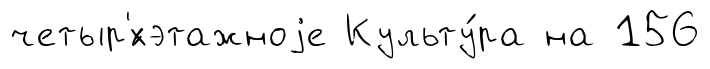
четыр'́хэтажноjе Культу́ра на 156